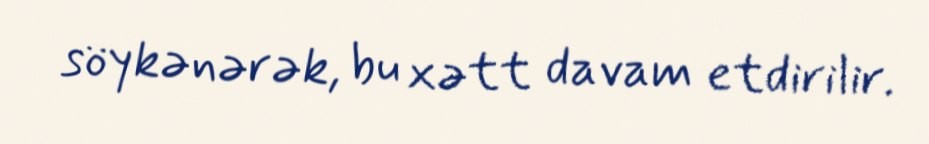
söykənərək, bu xətt davam etdirilir.